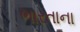
ભારતાના